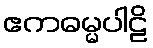
ဧကဓမ္မပါဠိ